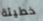
خطيئة